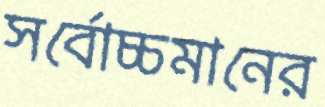
সর্বোচ্চমানের